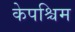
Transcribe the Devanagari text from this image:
केपश्चिम